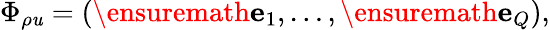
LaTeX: \Phi_{\rho\mathit{u}}=(\ensuremath{{\mathbf{{e}}}}_{1},\dots,\ensuremath{{\mathbf{{e}}}}_{Q}),